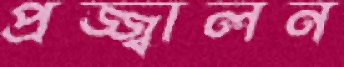
প্রজ্জ্বালন